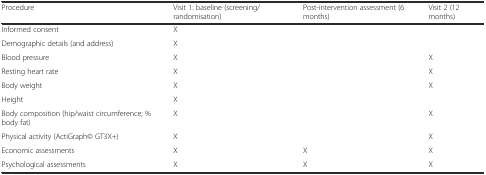
| Procedure | Visit 1: baseline (screening/randomisation) | Post-intervention assessment (6 months) | Visit 2 (12 months) |
 | --- | --- | --- | --- |
 | Informed consent | X |  |  |
 | Demographic details (and address) | X |  |  |
 | Blood pressure | X |  | X |
 | Resting heart rate | X |  | X |
 | Body weight | X |  | X |
 | Height | X |  |  |
 | Body composition (hip/waist circumference; % body fat) | X |  | X |
 | Physical activity (ActiGraph© GT3X+) | X |  | X |
 | Economic assessments | X | X | X |
 | Psychological assessments | X | X | X |